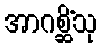
အာဂစ္ဆိံသု